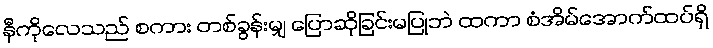
နီကိုလေသည် စကား တစ်ခွန်းမျှ ပြောဆိုခြင်းမပြုဘဲ ထကာ စံအိမ်အောက်ထပ်ရှိ